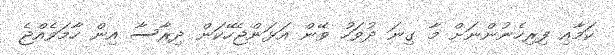
ކަމާއި ފިރިހެނުންނަށް މާ ގިނަ ދުވަހު ވޭން އަޅަންޖެހޭކަން ދިރާސާ އިން ހާމަވެއްޖެ